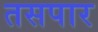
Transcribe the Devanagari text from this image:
तसपार